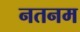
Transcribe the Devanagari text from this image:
नतनम